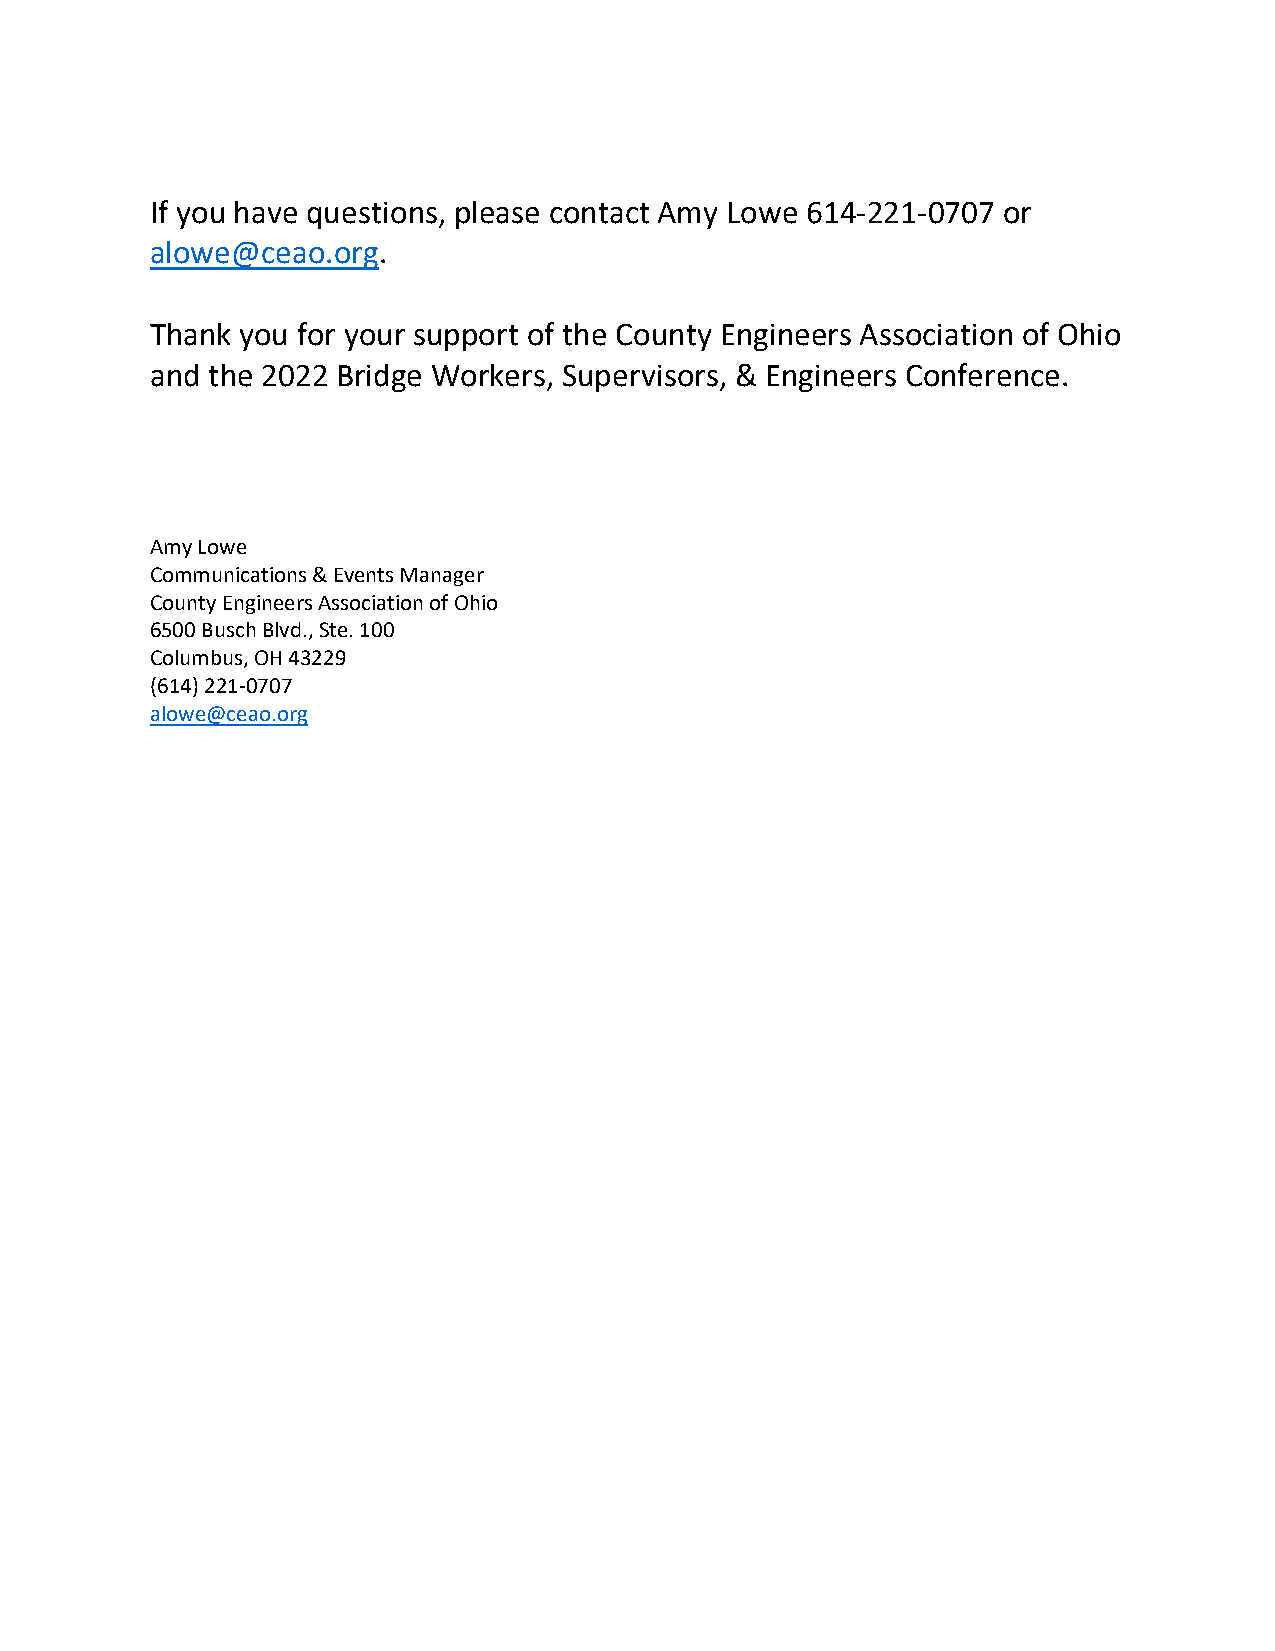
If you have questions, please contact Amy Lowe 614-221-0707 or
 alowe@ceao.org.
 Thank you for your support of the County Engineers Association of Ohio
 and the 2022 Bridge Workers, Supervisors, & Engineers Conference.
 Amy Lowe
 Communications & Events Manager
 County Engineers Association of Ohio
 6500 Busch Blvd., Ste. 100
 Columbus, OH 43229
 (614) 221-0707
 alowe@ceao.org